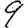
Digit: 9